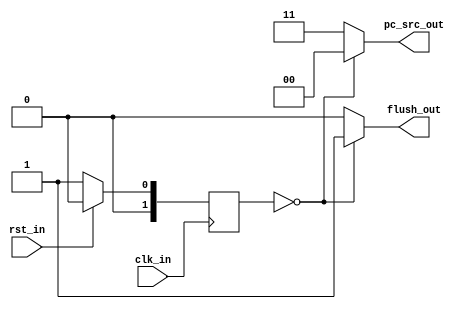
module Machine_Control(
    input clk_in,
    input rst_in,
    // input eirq_in,
    // input tirq_in,
    // input sirq_in,
    //input illegal_instr_in,
    //input misaligned_load_in,
    //input misaligned_instr_in,
    //input misaligned_store_in,
    ///input [6:2] opcode_6_to_2_in,
   // input [2:0] funct3_in,
   // input [6:0] funct7_in,
   // input [4:0] rs1_adder_in,
   // input [4:0] rs2_adder_in,
   // input [4:0] rd_adder_in,
   // // input mie_in,
    // input meie_in,
    // input mtie_in,
    // input msie_in,
    // input meip_in,
    // input mtip_in,
    // input msip_in,
    // output i_or_e_out,
    // output [3:0] cause_out,
    // output instruct_inc_out,
    // output mie_clear_out,
    // output mie_set_out,
    // output misaligned_exception_out,
    // output set_epc_out,
    // output set_cause_out,
    output flush_out,
    // output trap_taken_out,
    output [1:0] pc_src_out
    );
    
    // Internal logic signals
    wire exception,
         // ip,
         // eip,
         // tip,
         // sip,
         // is_system,
         rs1_adder_zero,
         rs2_adder_zero,
         rd_zero,
         // rs2_adder_mret,
         // rs2_adder_ebreak,
         funct3_zero,
  		 funct7_zero;
         // funct7_mret,
         // csr,
         // reg_pre_instr_inc
         // ecall,
         // ebreak,
         // mret; 
         
    assign exception        = illegal_instr_in | misaligned_load_in | misaligned_store_in | misaligned_instr_in;
    // assign ip               = eip | sip | tip;
    // assign eip              = meie_in & (eirq_in | meip_in);
    // assign sip              = msie_in & (sirq_in | msip_in);
    // assign tip              = mtie_in & (tirq_in | mtip_in);
    // assign is_system        = (opcode_6_to_2_in == 5'b11100);
    assign rs1_adder_zero   = (rs1_adder_in == 5'b00000);
    assign rs2_adder_zero   = (rs2_adder_in == 5'b00000);
    assign rd_zero          = (rd_adder_in == 5'b00000);
    // assign rs2_adder_mret   = (rs2_adder_in == 5'b00010);
    // assign rs2_adder_ebreak = (rs2_adder_in == 5'b00001);
    assign funct3_zero      = (funct3_in == 3'b000);
    assign funct7_zero      = (funct7_in == 7'b0000000);
    // assign funct7_mret      = (funct7_in == 7'b0011000);
    // assign ecall            = is_system & rs1_adder_zero & rs2_adder_zero & rd_zero & funct3_zero & funct7_zero;
    // assign ebreak           = is_system & rs1_adder_zero & rd_zero & funct3_zero & funct7_zero & rs2_adder_ebreak;
    // assign mret             = is_system & rs1_adder_zero & rs2_adder_mret & rd_zero & funct3_zero & funct7_mret; 
        
    // State Machine
    // State Definition
    parameter reset         = 2'b00,
              operating     = 2'b01;
              // trap_taken    = 2'b10,
              // trap_return   = 2'b11;
    
    reg [1:0] curr_state, next_state;
    
    // State Change logic
    always @ (*)
    begin
        case(curr_state)
            reset:      next_state = operating;
            operating:  next_state = (reset) ? reset : operating;
            // trap_taken: next_state <= operating;
            // trap_return:next_state <= operating;
            default     next_state = operating;
        endcase
    end 
    
    // State Transition
    always @ (posedge clk_in)
    begin
        if (rst_in)
            curr_state <= reset;
        else
            curr_state <= next_state;
    end
    
    // Outputs
    
   // pc_src_out
   reg [1:0] pc_src_net;
   // PC Values
   // BOOT = 2'b00
   // NEXT = 2'b01
   // TRAP = 2'b10
   // EPC  = 2'b11
   
   // flush_out
   reg flush_net;
   
   // instruct_inc_out
   reg instruct_inc_net;
   
   // set_epc_out, set_cause_out, mie_clear_out, mie_set_out
   reg set_epc_net, set_cause_net, mie_clear_net, mie_set_net;
   
   always @ (*)
   begin
   case (curr_state)
    reset:          begin 
                    pc_src_net = 2'b00; 
                    flush_net = 1'b1; 
                    // instruct_inc_net <= 1'b0;
                    // set_epc_net <= 1'b0;
                    // set_cause_net <= 1'b0;
                    // mie_clear_net <= 1'b0;
                    // mie_set_net <= 1'b0;  
                    end
    operating:      begin 
                    pc_src_net = 2'b11; 
                    flush_net = 1'b0; 
                    // instruct_inc_net <= 1'b1;
                    // set_epc_net <= 1'b0;
                    // set_cause_net <= 1'b0;
                    // mie_clear_net <= 1'b0;
                    // mie_set_net <= 1'b0;  
                    end
    /* trap_taken:     begin 
                    pc_src_net <= 2'b10; 
                    flush_net <= 1'b1; 
                    instruct_inc_net <= 1'b0;
                    set_epc_net <= 1'b0;
                    set_cause_net <= 1'b0;
                    mie_clear_net <= 1'b0;
                    mie_set_net <= 1'b0;  
                    end
    trap_return:    begin 
                    pc_src_net <= 2'b11; 
                    flush_net <= 1'b1; 
                    instruct_inc_net <= 1'b0;
                    set_epc_net <= 1'b0;
                    set_cause_net <= 1'b0;
                    mie_clear_net <= 1'b0;
                    mie_set_net <= 1'b0;  
                    end */
    default:        begin 
                    pc_src_net = 2'b11; 
                    flush_net = 1'b0; 
                    // instruct_inc_net <= 1'b1;
                    // set_epc_net <= 1'b0;
                    // set_cause_net <= 1'b0;
                    // mie_clear_net <= 1'b0;
                    // mie_set_net <= 1'b0;  
                    end
   endcase
   end
   
   assign pc_src_out = pc_src_net;
   assign flush_out = flush_net; 
   // assign instruct_inc_out = instruct_inc_net; 
   // assign set_epc_out = set_epc_net;
   // assign set_cause_out = set_cause_net;
   // assign mie_clear_out = mie_clear_net;
   // assign mie_set_out = mie_set_net;
   // assign trap_taken_out = (mie_in & ip) | ecall | ebreak;
   
   // misaligned_exception_out
//   reg misaligned_exception_net;
//   always @ (posedge clk_in)
//   begin
//    if (rst_in)
//        misaligned_exception_net <= 1'b0;
//    else
//        misaligned_exception_net <= (misaligned_load_in | misaligned_instr_in | misaligned_store_in);
//   end
   
//   assign misaligned_exception_out = misaligned_exception_net;
   
   // i_or_e_out & cause_out[3:0]
    /* reg i_or_e_net;
   reg [3:0] cause_net;
   
   always @ (posedge clk_in)
   begin
    if (curr_state == reset)
    begin
        i_or_e_net  <= 1'b0;
        cause_net   <= 4'b0;
    end
    else if (curr_state == operating)
    begin
        if (eip)
        begin
            i_or_e_net  <= 1'b1;
            cause_net   <= 4'b1011;
        end
        else if (sip)
        begin
            i_or_e_net  <= 1'b1;
            cause_net   <= 4'b0011;
        end
        else if (tip)
        begin
            i_or_e_net  <= 1'b1;
            cause_net   <= 4'b0111;
        end
        else if (illegal_instr_in)
        begin
            i_or_e_net  <= 1'b0;
            cause_net   <= 4'b0010;
        end
        else if (misaligned_instr_in)
        begin
            i_or_e_net  <= 1'b0;
            cause_net   <= 4'b0000;
        end
        else if (ecall)
        begin
            i_or_e_net  <= 1'b0;
            cause_net   <= 4'b1011;
        end
        else if (ebreak)
        begin
            i_or_e_net  <= 1'b0;
            cause_net   <= 4'b0011;
        end
        else if (misaligned_store_in)
        begin
            i_or_e_net  <= 1'b0;
            cause_net   <= 4'b0110;
        end
        else if (misaligned_load_in)
        begin
            i_or_e_net  <= 1'b0;
            cause_net   <= 4'b0100;
        end
        else
        begin
            i_or_e_net  <= 1'b0;
            cause_net   <= 4'b0000;
        end
    end
    else
    begin
       i_or_e_net  <= 1'b0;
       cause_net   <= 4'b0000; 
    end
   end
   
   assign i_or_e_out = i_or_e_net;
   assign cause_out = cause_net; */
       
endmodule